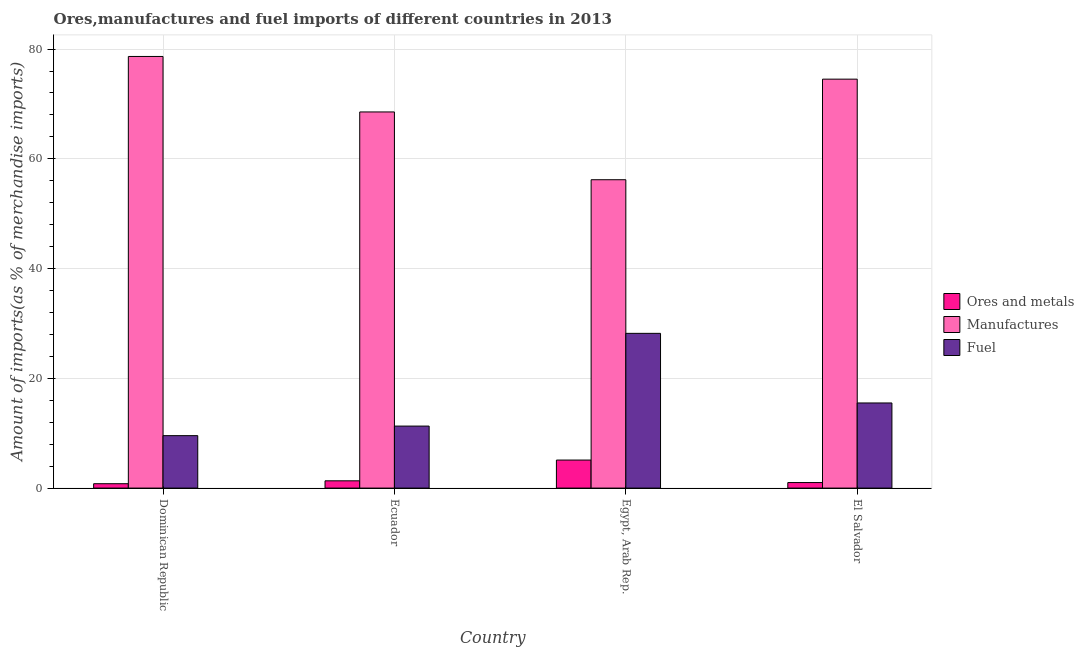
| Country | Ores and metals | Manufactures | Fuel |
 | --- | --- | --- | --- |
 | Dominican Republic | 0.798 | 78.7 | 9.56 |
 | Ecuador | 1.33 | 68.5 | 11.3 |
 | Egypt, Arab Rep. | 5.11 | 56.2 | 28.2 |
 | El Salvador | 1.01 | 74.5 | 15.5 |